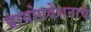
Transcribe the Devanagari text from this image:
प्रायोपवेशनाचे